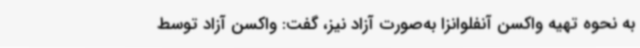
به نحوه تهیه واکسن آنفلوانزا به‌صورت آزاد نیز، گفت: واکسن آزاد توسط